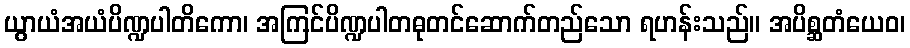
ယွာယံအယံပိဏ္ဍပါတိကော၊ အကြင်ပိဏ္ဍပါတဓုတင်ဆောက်တည်သော ရဟန်းသည်။ အပိစ္ဆတံယေဝ၊